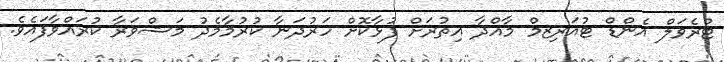
ޓްރެވަލް އެންޑް ޓުއަރިޒމް މާއްދާ އިތުރަށް ފުޅާކޮށް ހަރުދަނާ ކުރުމާމެދު މަޝްވަރާ ކުރައްވާފައެވެ.